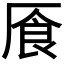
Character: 𠩸